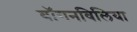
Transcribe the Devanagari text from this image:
बॉगनविलिया